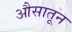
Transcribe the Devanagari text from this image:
औसातून